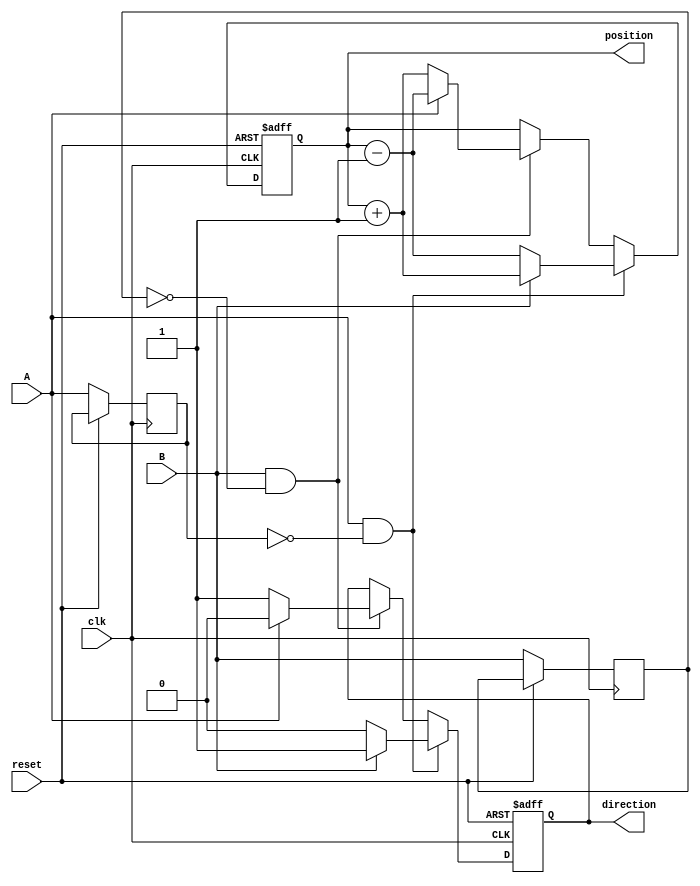
module rotary_encoder (
    input wire clk,         // Clock signal
    input wire reset,       // Reset signal
    input wire A,          // Encoder output A
    input wire B,          // Encoder output B
    output reg [7:0] position,  // 8-bit position output
    output reg direction    // Direction: 1 for clockwise, 0 for counterclockwise
);

// State variables for previous A and B signals
reg A_prev, B_prev;

// Edge detection
wire A_rising_edge = A & ~A_prev;
wire A_falling_edge = ~A & A_prev;
wire B_rising_edge = B & ~B_prev;
wire B_falling_edge = ~B & B_prev;

// Position counting based on edges
always @(posedge clk or posedge reset) begin
    if (reset) begin
        position <= 8'b0; // Reset position to 0
        direction <= 1'b0; // Default direction
    end else begin
        // Update previous states
        A_prev <= A;
        B_prev <= B;
        
        // Check for changes in A and B
        if (A_rising_edge) begin
            if (B) begin
                // A rising when B is high -> Clockwise
                position <= position + 1;
                direction <= 1'b1; // Clockwise
            end else begin
                // A rising when B is low -> Counterclockwise
                position <= position - 1;
                direction <= 1'b0; // Counterclockwise
            end
        end else if (B_rising_edge) begin
            if (A) begin
                // B rising when A is high -> Counterclockwise
                position <= position - 1;
                direction <= 1'b0; // Counterclockwise
            end else begin
                // B rising when A is low -> Clockwise
                position <= position + 1;
                direction <= 1'b1; // Clockwise
            end
        end
    end
end

endmodule